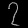
Digit: ၇